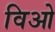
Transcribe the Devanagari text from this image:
विओ